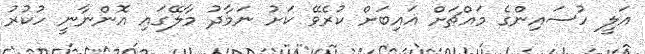
އަލީ ހުސައިންގެ މައްޗަށް ޣައިބަށް ކުރެވޭ ކަށު ނަމާދު މާލޭގައި އޮންނާނީ ހުކުރު